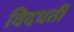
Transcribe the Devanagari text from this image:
विदधतीं